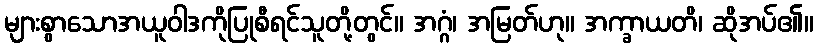
များစွာသောအယူဝါဒကိုပြုစီရင်သူတို့တွင်။ အဂ္ဂံ၊ အမြတ်ဟု။ အက္ခာယတိ၊ ဆိုအပ်၏။